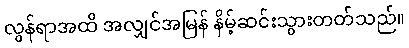
လွန်ရာအထိ အလျှင်အမြန် နိမ့်ဆင်းသွားတတ်သည်။